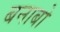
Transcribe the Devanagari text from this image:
बनाबो